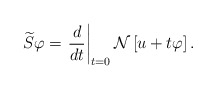
\begin{align*}\widetilde{S}\varphi =\left. \frac{d}{dt}\right\vert _{t=0}\mathcal{N}\left[u+t\varphi \right] . \end{align*}